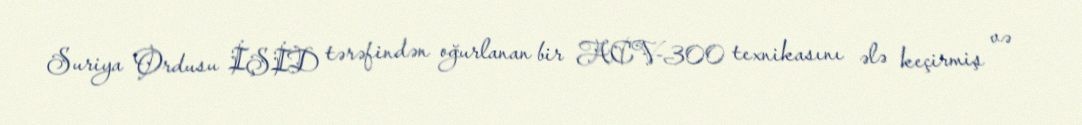
Suriya Ordusu İŞİD tərəfindən oğurlanan bir ACV-300 texnikasını ələ keçirmiş və